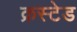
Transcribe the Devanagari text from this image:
क्रस्टेड